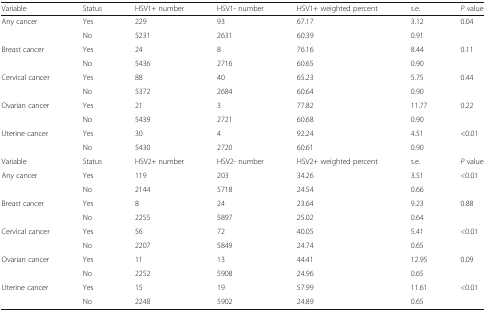
| Variable | Status | HSV1+ number | HSV1- number | HSV1+ weighted percent | s.e. | P value |
 | --- | --- | --- | --- | --- | --- | --- |
 | Any cancer | Yes | 229 | 93 | 67.17 | 3.12 | 0.04 |
 |  | No | 5231 | 2631 | 60.39 | 0.91 |  |
 | Breast cancer | Yes | 24 | 8 | 76.16 | 8.44 | 0.11 |
 |  | No | 5436 | 2716 | 60.65 | 0.90 |  |
 | Cervical cancer | Yes | 88 | 40 | 65.23 | 5.75 | 0.44 |
 |  | No | 5372 | 2684 | 60.64 | 0.90 |  |
 | Ovarian cancer | Yes | 21 | 3 | 77.82 | 11.77 | 0.22 |
 |  | No | 5439 | 2721 | 60.68 | 0.90 |  |
 | Uterine cancer | Yes | 30 | 4 | 92.24 | 4.51 | <0.01 |
 |  | No | 5430 | 2720 | 60.61 | 0.90 |  |
 | Variable | Status | HSV2+ number | HSV2- number | HSV2+ weighted percent | s.e. | P value |
 | Any cancer | Yes | 119 | 203 | 34.26 | 3.51 | <0.01 |
 |  | No | 2144 | 5718 | 24.54 | 0.66 |  |
 | Breast cancer | Yes | 8 | 24 | 23.64 | 9.23 | 0.88 |
 |  | No | 2255 | 5897 | 25.02 | 0.64 |  |
 | Cervical cancer | Yes | 56 | 72 | 40.05 | 5.41 | <0.01 |
 |  | No | 2207 | 5849 | 24.74 | 0.65 |  |
 | Ovarian cancer | Yes | 11 | 13 | 44.41 | 12.95 | 0.09 |
 |  | No | 2252 | 5908 | 24.96 | 0.65 |  |
 | Uterine cancer | Yes | 15 | 19 | 57.99 | 11.61 | <0.01 |
 |  | No | 2248 | 5902 | 24.89 | 0.65 |  |